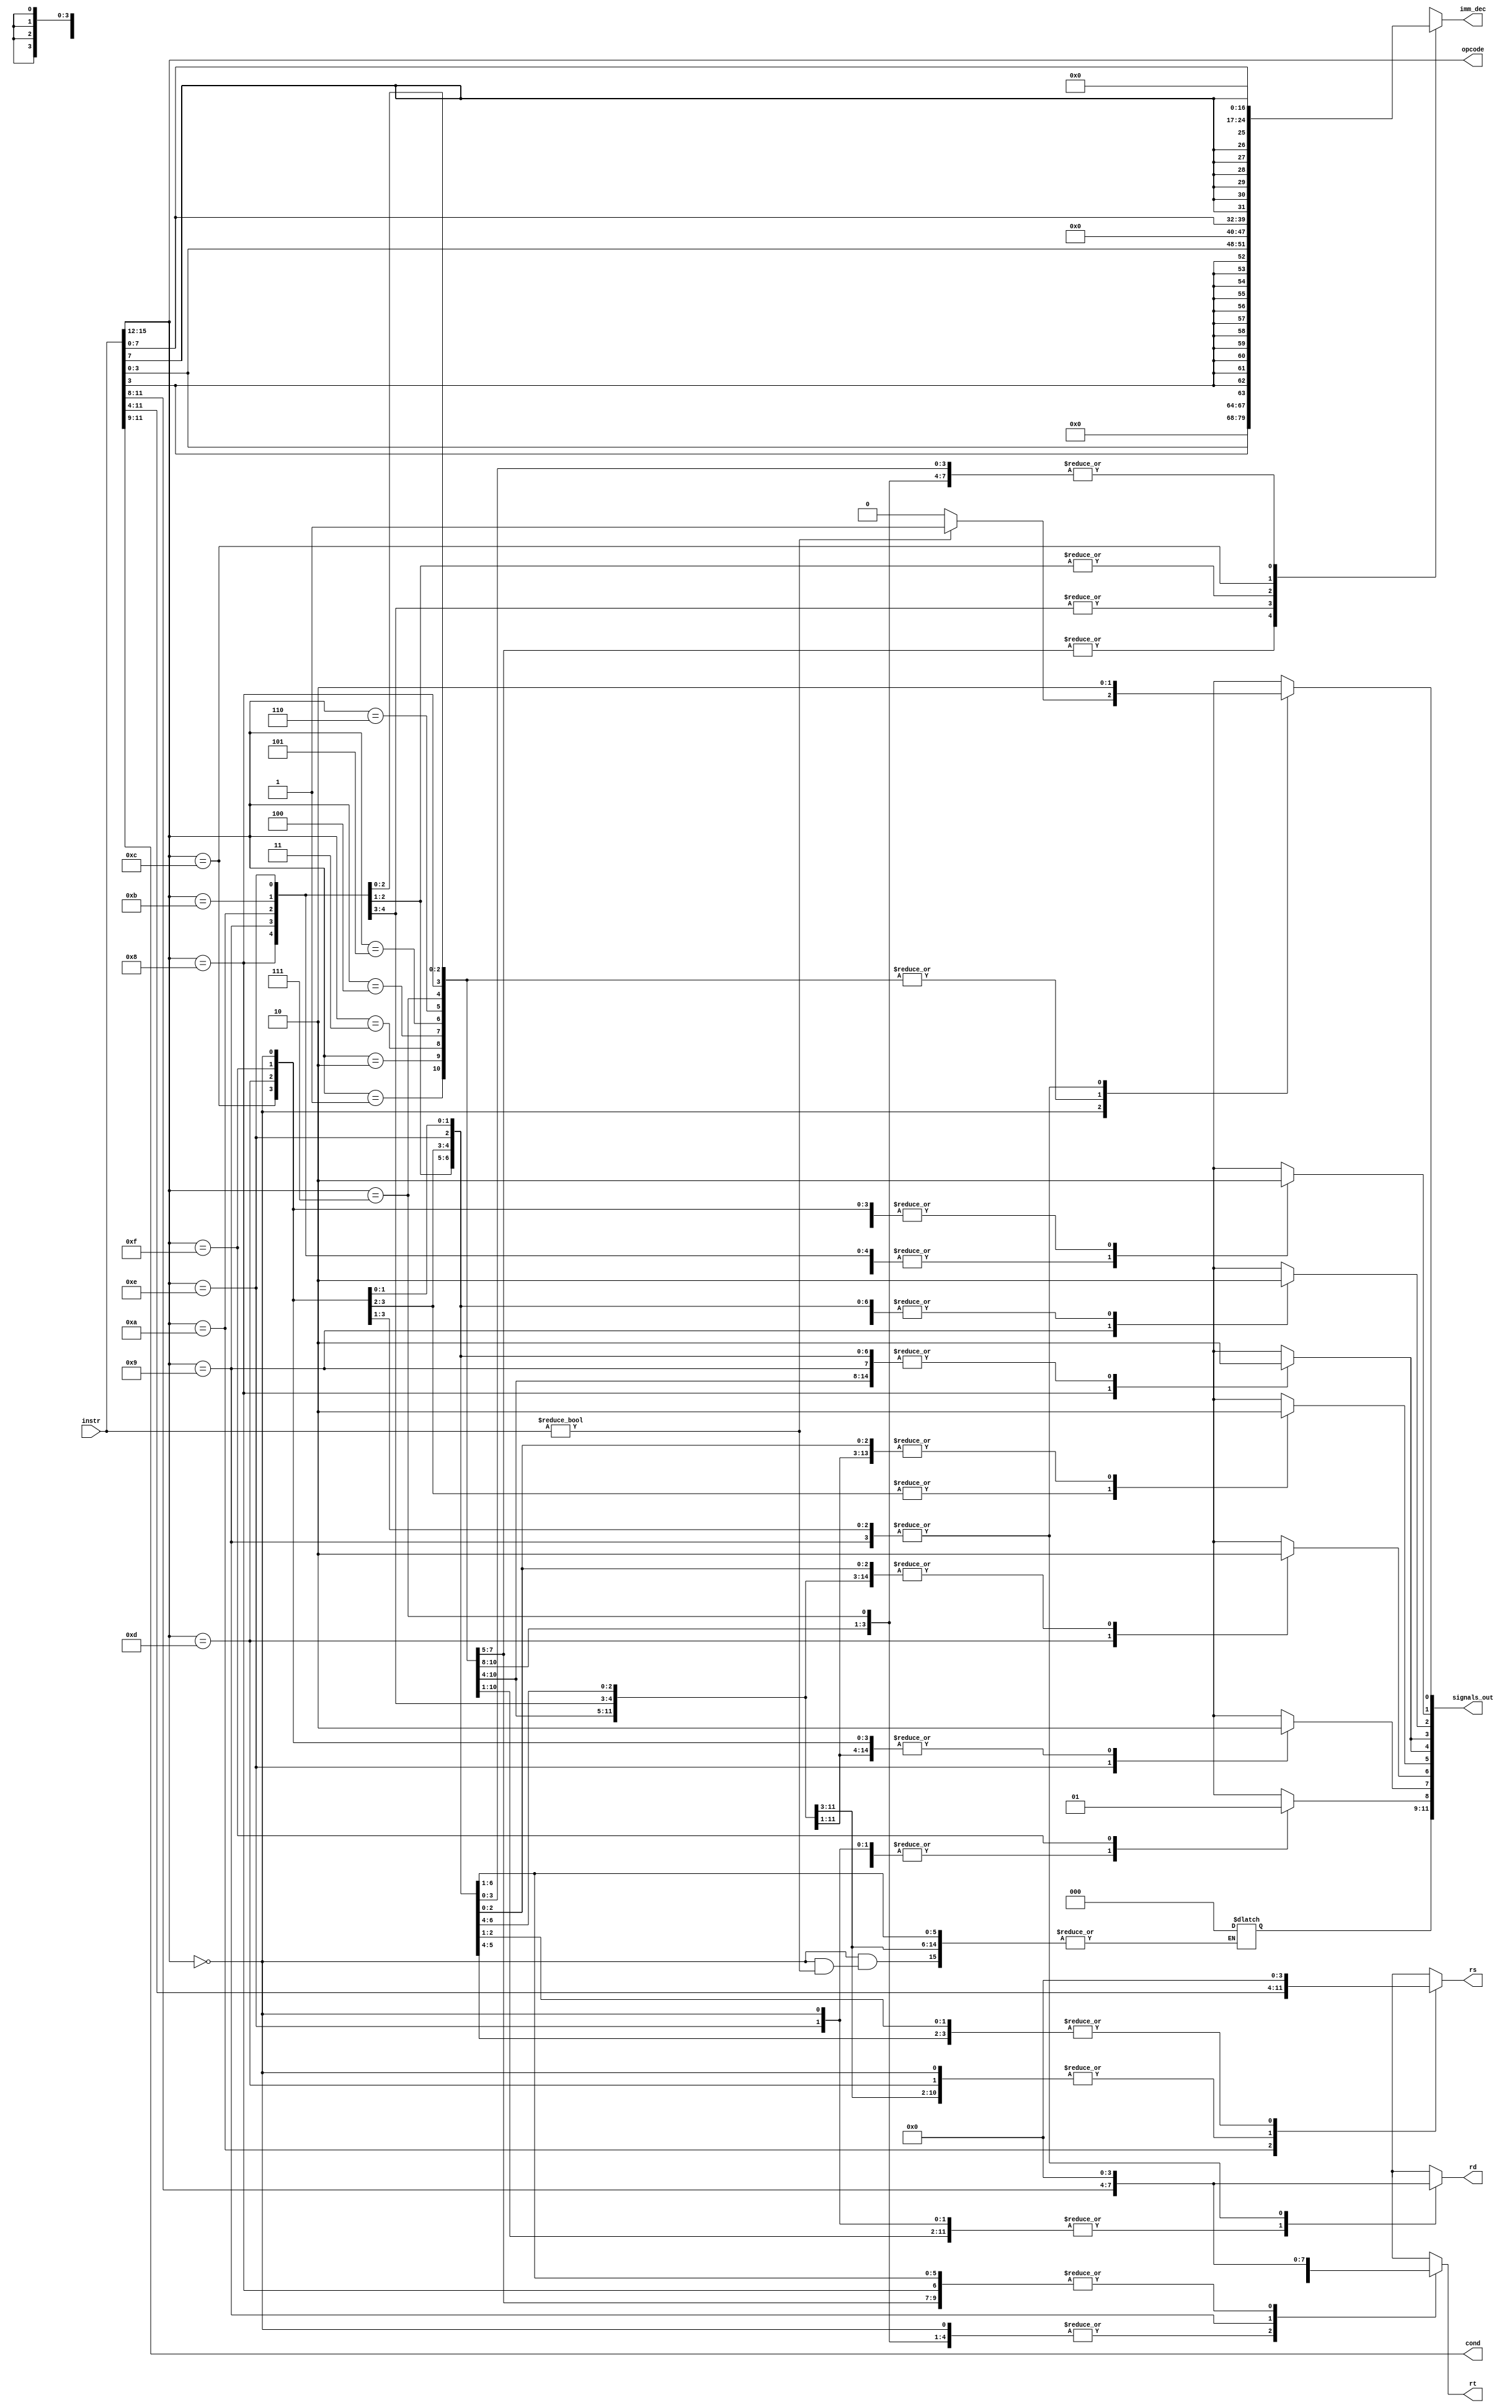
module full_control(instr, signals_out, imm_dec, rd, rs, rt, opcode, cond);

input [15:0] instr;

//all control signals and conditions and read signals
output reg [11:0] signals_out;

//register addr, cond, and opcode present based off instruction
output reg [3:0] rd, rs, rt, opcode;
output reg [2:0] cond; 

//immediate conditionally assinged based on instruction
output reg [15:0] imm_dec;

//ALU Opcode specifications
// all with leading 0
// ADD: 000
// SUB: 001
// RED: 010 TODO
// XOR: 011
// SLL: 100
// SRA: 101
// ROR: 110
// PADDSB: 111

//signals out designation
//[8] HLT
//[7] PCS
//[6] BranchRegister
//[5] Branch
//[4] MemRead
//[3] MemToReg
//[2] MemWrite
//[1] ALUsrc
//[0] RegWrite

localparam ADD	= 4'b0000;
localparam SUB	= 4'b0001;
localparam RED	= 4'b0010;
localparam XOR 	= 4'b0011;
localparam SLL 	= 4'b0100;
localparam SRA 	= 4'b0101;
localparam ROR 	= 4'b0110;
localparam PADDSB = 4'b0111;
localparam LW 	= 4'b1000;
localparam SW 	= 4'b1001;
localparam LHB 	= 4'b1010;
localparam LLB 	= 4'b1011;
localparam B 	= 4'b1100;
localparam BR 	= 4'b1101;
localparam PCS	= 4'b1110;
localparam HLT 	= 4'b1111;

localparam ON = 1'b1;
localparam OFF = 1'b0;

localparam NO_SET_SIGNALS = 9'b000000000;
localparam NO_SET_IMM = 16'h0000;
localparam NO_SET_REG = 4'h0;

reg [8:0] I, I_shift; 

//begining of case assignment based on opcode
always@(*) begin
		opcode = instr[15:12]; //opcode assignment
		cond = instr[11:9]; //condition assignment
		case (opcode)
				ADD: begin
						if(instr != 16'h0000) begin	
								signals_out[0] = ON;  //RegWrite		
								signals_out[1] = OFF; //ALUsrc
								signals_out[2] = OFF; //MemWrite
								signals_out[3] = OFF; //MemToReg
								signals_out[4] = OFF; //MemRead
								signals_out[5] = OFF; //Branch 
								signals_out[6] = OFF; //BranchRegister
								signals_out[7] = OFF; //PCS cond
								signals_out[8] = OFF; //Halt
								
						end else begin
								signals_out = NO_SET_SIGNALS;
						end
							
							rd = instr[11:8];
							rs = instr[7:4];
							rt = instr[3:0];
							
							imm_dec = NO_SET_IMM;
					end
				SUB: begin	
							signals_out[0] = ON;  //RegWrite		
							signals_out[1] = OFF; //ALUsrc
							signals_out[2] = OFF; //MemWrite
							signals_out[3] = OFF; //MemToReg
							signals_out[4] = OFF; //MemRead
							signals_out[5] = OFF; //Branch 
							signals_out[6] = OFF; //BranchRegister
							signals_out[7] = OFF; //PCS cond
							signals_out[8] = OFF; //Halt
							
							rd = instr[11:8];
							rs = instr[7:4];
							rt = instr[3:0];
							
							imm_dec = NO_SET_IMM;
					end
				RED: begin
							signals_out[0] = ON;  //RegWrite		
							signals_out[1] = OFF; //ALUsrc
							signals_out[2] = OFF; //MemWrite
							signals_out[3] = OFF; //MemToReg
							signals_out[4] = OFF; //MemRead
							signals_out[5] = OFF; //Branch 
							signals_out[6] = OFF; //BranchRegister
							signals_out[7] = OFF; //PCS cond
							signals_out[8] = OFF; //Halt
							
							rd = instr[11:8];
							rs = instr[7:4];
							rt = instr[3:0];
							
							imm_dec = NO_SET_IMM;
				
					end
				XOR: begin 
							signals_out[0] = ON;  //RegWrite		
							signals_out[1] = OFF; //ALUsrc
							signals_out[2] = OFF; //MemWrite
							signals_out[3] = OFF; //MemToReg
							signals_out[4] = OFF; //MemRead
							signals_out[5] = OFF; //Branch 
							signals_out[6] = OFF; //BranchRegister
							signals_out[7] = OFF; //PCS cond
							signals_out[8] = OFF; //Halt
							
							rd = instr[11:8];
							rs = instr[7:4];
							rt = instr[3:0];
							
							imm_dec = NO_SET_IMM;
					end
				SLL: begin	
							signals_out[0] = ON; //RegWrite		
							signals_out[1] = ON; //ALUsrc
							signals_out[2] = OFF; //MemWrite
							signals_out[3] = OFF; //MemToReg
							signals_out[4] = OFF; //MemRead
							signals_out[5] = OFF; //Branch 
							signals_out[6] = OFF; //BranchRegister
							signals_out[7] = OFF; //PCS cond
							signals_out[8] = OFF; //Halt
							
							rd = instr[11:8];
							rs = instr[7:4];
							rt = NO_SET_REG;
							
							imm_dec = {12'h000, instr[3:0]};
					end
				SRA: begin 
							signals_out[0] = ON; //RegWrite		
							signals_out[1] = ON; //ALUsrc
							signals_out[2] = OFF; //MemWrite
							signals_out[3] = OFF; //MemToReg
							signals_out[4] = OFF; //MemRead
							signals_out[5] = OFF; //Branch 
							signals_out[6] = OFF; //BranchRegister
							signals_out[7] = OFF; //PCS cond
							signals_out[8] = OFF; //Halt
							
							rd = instr[11:8];
							rs = instr[7:4];
							rt = NO_SET_REG;
							
							imm_dec = {12'h000, instr[3:0]};
					end
				ROR: begin
							signals_out[0] = ON; //RegWrite		
							signals_out[1] = ON; //ALUsrc
							signals_out[2] = OFF; //MemWrite
							signals_out[3] = OFF; //MemToReg
							signals_out[4] = OFF; //MemRead
							signals_out[5] = OFF; //Branch 
							signals_out[6] = OFF; //BranchRegister
							signals_out[7] = OFF; //PCS cond
							signals_out[8] = OFF; //Halt
							
							rd = instr[11:8];
							rs = instr[7:4];
							rt = NO_SET_REG;
							
							imm_dec = {12'h000, instr[3:0]};
					end
				PADDSB: begin 
							signals_out[0] = ON; //RegWrite		
							signals_out[1] = OFF; //ALUsrc
							signals_out[2] = OFF; //MemWrite
							signals_out[3] = OFF; //MemToReg
							signals_out[4] = OFF; //MemRead
							signals_out[5] = OFF; //Branch 
							signals_out[6] = OFF; //BranchRegister
							signals_out[7] = OFF; //PCS cond
							signals_out[8] = OFF; //Halt
							
							rd = instr[11:8];
							rs = instr[7:4];
							rt = instr[3:0];
							
							imm_dec = NO_SET_IMM;
					end
				LW: begin
							signals_out[0] = ON; //RegWrite		
							signals_out[1] = ON; //ALUsrc
							signals_out[2] = OFF; //MemWrite
							signals_out[3] = ON; //MemToReg
							signals_out[4] = ON; //MemRead
							signals_out[5] = OFF; //Branch 
							signals_out[6] = OFF; //BranchRegister
							signals_out[7] = OFF; //PCS cond
							signals_out[8] = OFF; //Halt
							
							rd = instr[11:8];
							rs = instr[7:4];
							rt = NO_SET_REG;
							
							imm_dec = {{12{instr[3]}}, instr[3:0]}; //signed offset
					end
				SW: begin
							signals_out[0] = OFF; //RegWrite		
							signals_out[1] = ON; //ALUsrc
							signals_out[2] = ON; //MemWrite
							signals_out[3] = OFF; //MemToReg
							signals_out[4] = OFF; //MemRead
							signals_out[5] = OFF; //Branch 
							signals_out[6] = OFF; //BranchRegister
							signals_out[7] = OFF; //PCS cond
							signals_out[8] = OFF; //Halt
							
							rd = NO_SET_REG;
							rs = instr[7:4];
							rt = instr[11:8];
							
							imm_dec = {{12{instr[3]}}, instr[3:0]}; //signed offset
					end
				LHB: begin
							signals_out[0] = ON; //RegWrite		
							signals_out[1] = ON; //ALUsrc
							signals_out[2] = OFF; //MemWrite
							signals_out[3] = OFF; //MemToReg
							signals_out[4] = OFF; //MemRead
							signals_out[5] = OFF; //Branch 
							signals_out[6] = OFF; //BranchRegister
							signals_out[7] = OFF; //PCS cond
							signals_out[8] = OFF; //Halt
							
							rd = instr[11:8];
							rs = instr[11:8];
							rt = NO_SET_REG;
							
							imm_dec = {8'h00, instr[7:0]};
					end
				LLB: begin
							signals_out[0] = ON; //RegWrite		
							signals_out[1] = ON; //ALUsrc
							signals_out[2] = OFF; //MemWrite
							signals_out[3] = OFF; //MemToReg
							signals_out[4] = OFF; //MemRead
							signals_out[5] = OFF; //Branch 
							signals_out[6] = OFF; //BranchRegister
							signals_out[7] = OFF; //PCS cond
							signals_out[8] = OFF; //Halt
							
							rd = instr[11:8];
							rs = NO_SET_REG;
							rt = NO_SET_REG;
							
							imm_dec = {8'h00, instr[7:0]};
							
					end
				B: begin
							signals_out[0] = OFF; //RegWrite		
							signals_out[1] = OFF; //ALUsrc
							signals_out[2] = OFF; //MemWrite
							signals_out[3] = OFF; //MemToReg
							signals_out[4] = OFF; //MemRead
							signals_out[5] = ON; //Branch 
							signals_out[6] = OFF; //BranchRegister
							signals_out[7] = OFF; //PCS cond
							signals_out[8] = OFF; //Halt
							
							rd = NO_SET_REG;
							rs = NO_SET_REG;
							rt = NO_SET_REG;
							
							I = instr[8:0]; 
							I_shift = I << 1;
							
							imm_dec = {{7{I_shift[8]}}, I_shift[8:0]}; //signed offset
				
					end
					BR: begin 
							signals_out[0] = OFF; //RegWrite		
							signals_out[1] = OFF; //ALUsrc
							signals_out[2] = OFF; //MemWrite
							signals_out[3] = OFF; //MemToReg
							signals_out[4] = OFF; //MemRead
							signals_out[5] = ON; //Branch 
							signals_out[6] = ON; //BranchRegister
							signals_out[7] = OFF; //PCS cond
							signals_out[8] = OFF; //Halt
							
							rd = NO_SET_REG;
							rs = instr[7:4];
							rt = NO_SET_REG;
							
							imm_dec = NO_SET_IMM; //signed offset
				
					end
					PCS: begin
							signals_out[0] = ON; //RegWrite		
							signals_out[1] = ON; //ALUsrc
							signals_out[2] = OFF; //MemWrite
							signals_out[3] = OFF; //MemToReg
							signals_out[4] = OFF; //MemRead
							signals_out[5] = OFF; //Branch 
							signals_out[6] = OFF; //BranchRegister
							signals_out[7] = ON; //PCS cond
							signals_out[8] = OFF; //Halt
							
							rd = instr[11:8];
							rs = NO_SET_REG;
							rt = NO_SET_REG;
							
							imm_dec = NO_SET_IMM;
					
					end
					HLT: begin
							signals_out[0] = OFF; //RegWrite		
							signals_out[1] = OFF; //ALUsrc
							signals_out[2] = OFF; //MemWrite
							signals_out[3] = OFF; //MemToReg
							signals_out[4] = OFF; //MemRead
							signals_out[5] = OFF; //Branch 
							signals_out[6] = OFF; //BranchRegister
							signals_out[7] = OFF; //PCS cond
							signals_out[8] = ON; //Halt
							
							rd = NO_SET_REG;
							rs = NO_SET_REG;
							rt = NO_SET_REG;
							
							imm_dec = NO_SET_IMM;
					end
					default: begin
							signals_out = NO_SET_SIGNALS;
							
							rd = NO_SET_REG;
							rs = NO_SET_REG;
							rt = NO_SET_REG;
							
							imm_dec = NO_SET_IMM;
							
					end
			endcase
	end
endmodule
	
/*	OLD IMPLEMENTATION		
assign signals_out[11] = ((Opcode == ADD) ||
				(Opcode == SUB) ||
				(Opcode == XOR)	||	
				(Opcode == SLL)	||
				(Opcode == SRA) ||
				(Opcode == ROR)) ? 1'b1 : 1'b0;

assign signals_out[10] =    ((Opcode == SW)) ? 1'b1 : 1'b0; 

assign signals_out[9] = 	((Opcode == LHB) || (Opcode == LLB)) ? 1'b1 : 1'b0; //unique case for rd = rs

assign signals_out[8] = 	(Opcode == HLT) ? 1'b1 : 1'b0; //HLT

assign signals_out[7] = 	(Opcode == PCS) ? 1'b1 : 1'b0; //PCS

assign signals_out[6] = (	(Opcode == BR) ) ? 1'b1 : 1'b0; //Jump Register

assign signals_out[5] = (	(Opcode == BR) || 
				(Opcode == B)) ? 1'b1 : 1'b0; //Branch						

assign signals_out[4] = (   	(Opcode == LW) ) ? 1'b1 : 1'b0; //MemRead

assign signals_out[3] = (   	(Opcode == LW) ) ? 1'b1 : 1'b0; //MemToReg

assign signals_out[2] = (   	(Opcode == SW) ) ? 1'b1 : 1'b0; //MemWrite

assign signals_out[1] = (   	(Opcode == PCS) ||
				(Opcode == SLL) ||
				(Opcode == ROR)	||	
				(Opcode == SRA)	||
				(Opcode == LW ) ||
				(Opcode == SW ) ||
				(Opcode == LHB) ||
				(Opcode == LLB)) ? 1'b1 : 1'b0; //ALUsrc
							
assign signals_out[0] = (   	(Opcode == B  ) ||
				(Opcode == BR ) ||
				(Opcode == HLT) ||
				(Opcode == SW)) ? 1'b0 : 1'b1; //RegWrite
							
assign imm_dec = ( 		(Opcode == LLB)	|| (Opcode == LHB) ) ? 
					{{8{instr[7]}}, instr[7:0]} :
				(Opcode == PCS) ? 16'h0002 :
				 	{{12{instr[3]}}, instr[3:0]}; //ROR, SLL, SRA, LW, SW
*/